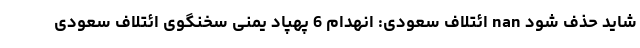
شاید حذف شود nan ائتلاف سعودی: انهدام 6 پهپاد یمنی سخنگوی ائتلاف سعودی